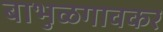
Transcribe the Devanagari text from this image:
बाभुळगावकर